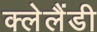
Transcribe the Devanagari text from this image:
क्लेलैंडी